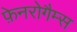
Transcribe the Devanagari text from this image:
फ़ेनरोगैम्स